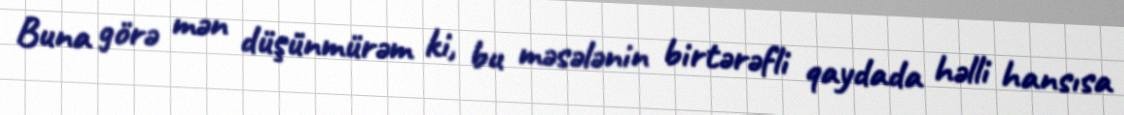
Buna görə mən düşünmürəm ki, bu məsələnin birtərəfli qaydada həlli hansısa